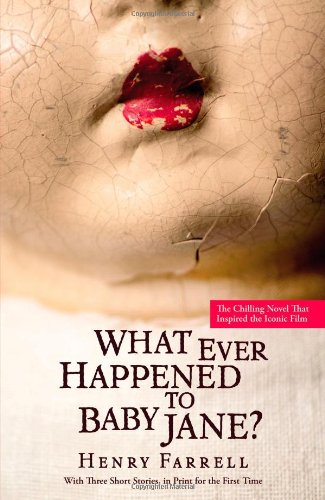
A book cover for What Ever Happened to Baby Jane?; Henry Farrell; Literature & Fiction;